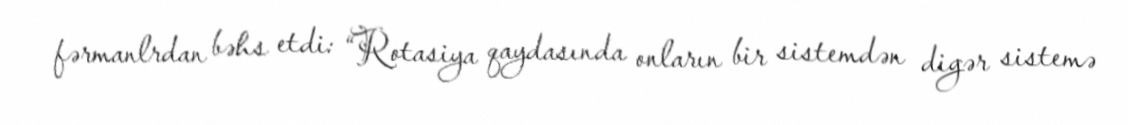
fərmanlrdan bəhs etdi: “Rotasiya qaydasında onların bir sistemdən digər sistemə